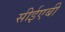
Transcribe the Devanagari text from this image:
सीईएबी